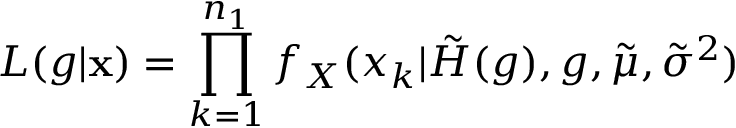
L ( g | \mathbf x ) = \prod _ { k = 1 } ^ { n _ { 1 } } f _ { X } ( x _ { k } | \tilde { H } ( g ) , g , \tilde { \mu } , \tilde { \sigma } ^ { 2 } )